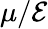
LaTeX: \mu/\mathcal E